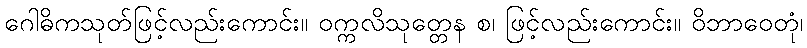
ဂေါဓိကသုတ်ဖြင့်လည်းကောင်း။ ဝက္ကလိသုတ္တေန စ၊ ဖြင့်လည်းကောင်း။ ဝိဘာဝေတုံ၊